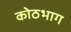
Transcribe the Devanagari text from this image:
कोठभाग